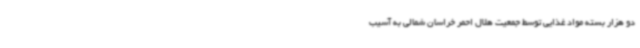
دو هزار بسته مواد غذایی توسط جمعیت هلال احمر خراسان شمالی به آسیب